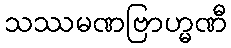
သဿမဏဗြာဟ္မဏီ